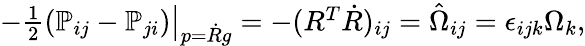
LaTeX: \begin{array}{r}{\left.-\frac 12({\mathbb P}_{ij}-{\mathbb P}_{ji})\right|_{p=\dot{R}g}=-(R^{T}\dot{R})_{ij}=\hat{\Omega}_{ij}=\epsilon_{ijk}\Omega_{k},}\end{array}